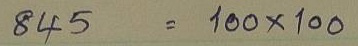
845 = 100 x 100